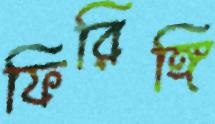
ফিরিঙ্গি